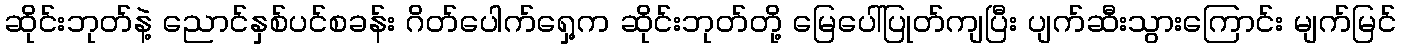
ဆိုင်းဘုတ်နဲ့ ညောင်နှစ်ပင်စခန်း ဂိတ်ပေါက်ရှေ့က ဆိုင်းဘုတ်တို့ မြေပေါ်ပြုတ်ကျပြီး ပျက်ဆီးသွားကြောင်း မျက်မြင်